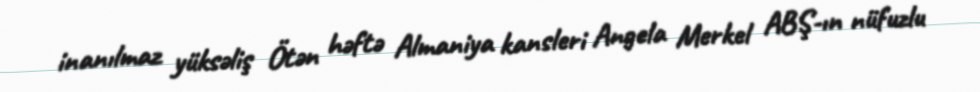
inanılmaz yüksəliş Ötən həftə Almaniya kansleri Angela Merkel ABŞ-ın nüfuzlu